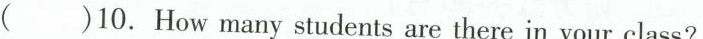
( )10. How many students are there in your class?